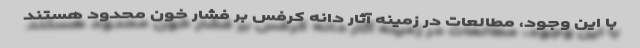
با این وجود، مطالعات در زمینه آثار دانه کرفس بر فشار خون محدود هستند